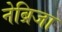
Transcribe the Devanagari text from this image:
नेब्रिजा